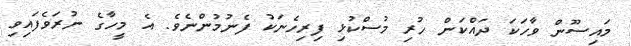
މައިސޫން ވާހަކަ ދައްކަން ހުރި މުސްކުޅި ފިރިހެނަކު ފެނުމުންނެވެ. އެ މީހާގެ ނުރަވެފައިވި